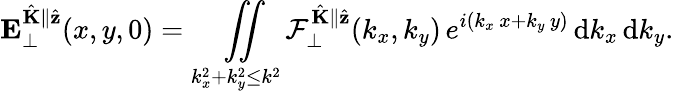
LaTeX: \mathbf{E}_{\perp}^{\hat{\mathbf{K}}\parallel\hat{\mathbf{z}}}(x,y,0)=\underset{k_{x}^{2}+k_{y}^{2}\leq k^{2}}{\iint}\mathcal{F}_{\perp}^{\hat{\mathbf{K}}\parallel\hat{\mathbf{z}}}(k_{x},k_{y})\, e^{i(k_{x}\, x+k_{y}\, y)}\, \mathrm{d}k_{x}\, \mathrm{d}k_{y}.